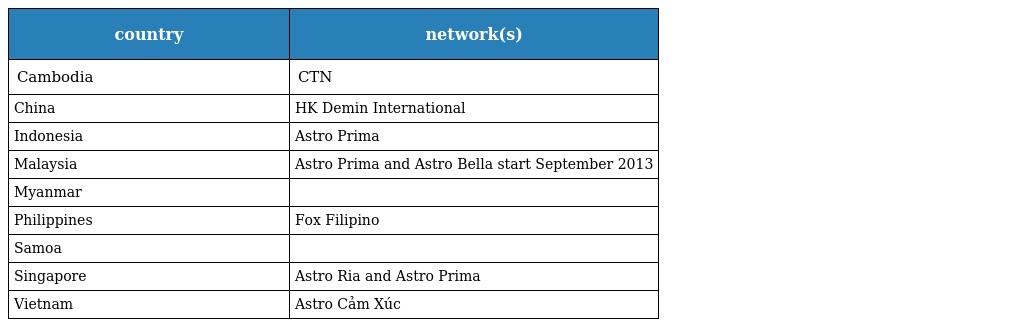
| country | network(s) |
 | --- | --- |
 | Cambodia | CTN |
 | China | HK Demin International |
 | Indonesia | Astro Prima |
 | Malaysia | Astro Prima and Astro Bella start September 2013 |
 | Myanmar |  |
 | Philippines | Fox Filipino |
 | Samoa |  |
 | Singapore | Astro Ria and Astro Prima |
 | Vietnam | Astro Cảm Xúc |